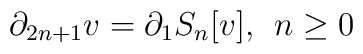
\partial_{2n+1}v=\partial_1S_n[v],\;\, n\geq 0